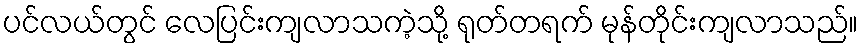
ပင်လယ်တွင် လေပြင်းကျလာသကဲ့သို့ ရုတ်တရက် မုန်တိုင်းကျလာသည်။